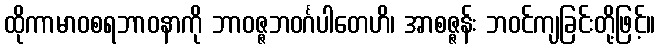
ထိုကာမာဝစရဘာဝနာကို ဘာဝဇ္ဇဘဝင်္ဂပါတေဟိ၊ အာစဇ္ဇန်း ဘဝင်ကျခြင်းတို့ဖြင့်။